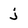
Character: j